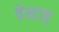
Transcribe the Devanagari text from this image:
वेस्टस्‌